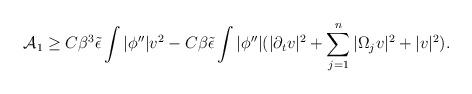
LaTeX: \begin{align*} \mathcal {A}_1\geq C\beta^3\tilde{\epsilon}\int |\phi''|v^2 -C\beta\tilde{\epsilon}\int |\phi''|(|\partial_t v|^2+\sum^n_{j=1}|\Omega_jv|^2+|v|^2). \end{align*}